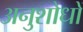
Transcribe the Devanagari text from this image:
अनुशोधों